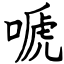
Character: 嗁